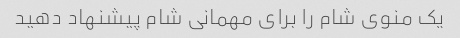
یک منوی شام را برای مهمانی شام پیشنهاد دهید